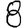
Digit: 8